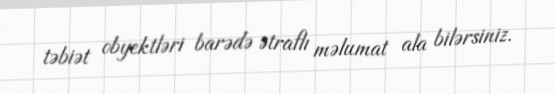
təbiət obyektləri barədə ətraflı məlumat ala bilərsiniz.